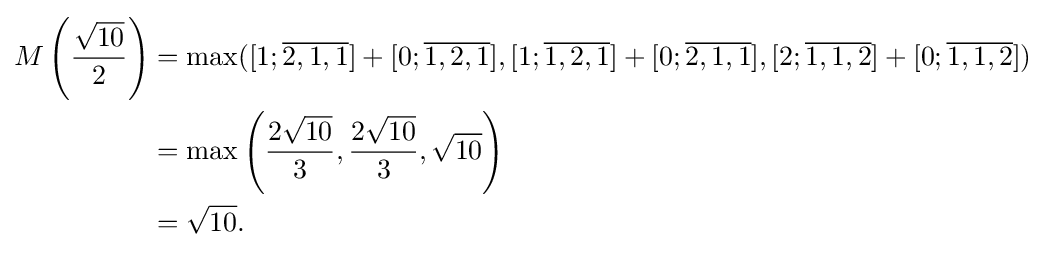
{\begin{aligned}M\left({\frac {\sqrt {10}}{2}}\right)&=\max([1;{\overline {2,1,1}}]+[0;{\overline {1,2,1}}],[1;{\overline {1,2,1}}]+[0;{\overline {2,1,1}}],[2;{\overline {1,1,2}}]+[0;{\overline {1,1,2}}])\\&=\max \left({\frac {2{\sqrt {10}}}{3}},{\frac {2{\sqrt {10}}}{3}},{\sqrt {10}}\right)\\&={\sqrt {10}}.\end{aligned}}